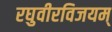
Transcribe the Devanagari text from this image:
रघुवीरविजयम्